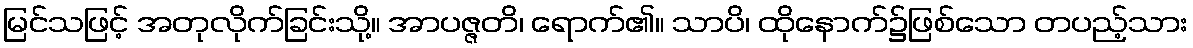
မြင်သဖြင့် အတုလိုက်ခြင်းသို့။ အာပဇ္ဇတိ၊ ရောက်၏။ သာပိ၊ ထိုနောက်၌ဖြစ်သော တပည့်သား